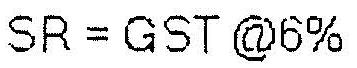
SR = GST @6%